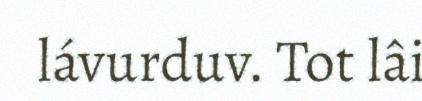
lávurduv. Tot lâi